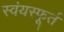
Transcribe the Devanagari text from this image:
स्वंयस्फूर्त